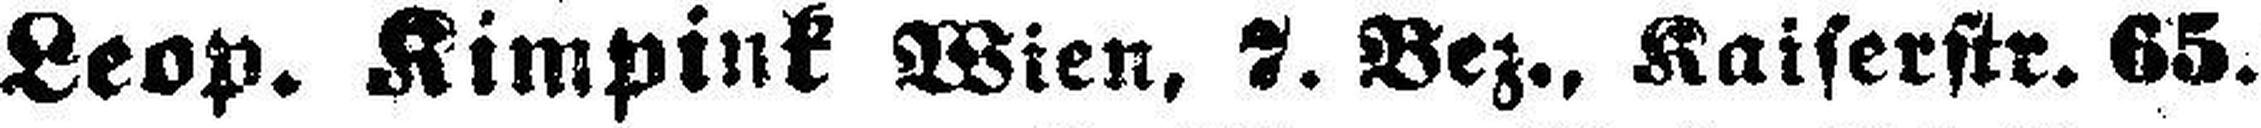
Leop. Kimpink Wien, 7. Bez., Kaiserstr. 65.